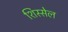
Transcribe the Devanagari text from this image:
शिस्सेल